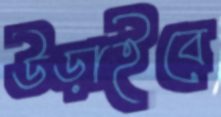
উড়াইবে